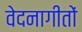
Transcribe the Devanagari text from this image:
वेदनागीतों